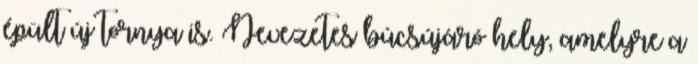
épült új tornya is. Nevezetes búcsújáró hely, amelyre a